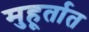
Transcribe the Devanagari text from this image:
मुहूर्तात